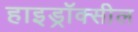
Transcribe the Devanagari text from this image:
हाइड्रॉक्सील